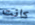
كانت